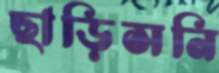
ছাড়িসনি